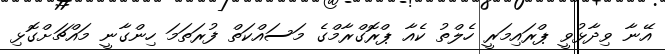
އޭނާ ވިދާޅުވީ ޕްރައިމަރީ ހެލްތު ކެއާ ޕްރޮގްރާމްގެ މަސައްކަތް ފުރަތަމަ ހިންގާނީ މައްޗަށްގޮޅި